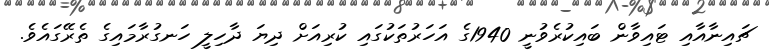
ޗައިނާއާއި ޓައިވާން ބައިކުރެވުނީ 1940ގެ އަހަރުތަކުގައި ކުރިއަށް ދިޔަ ދާހިލީ ހަނގުރާމައިގެ ތެރޭގައެވެ.